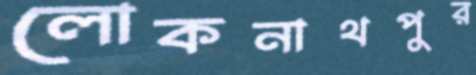
লোকনাথপুর